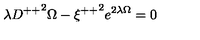
\lambda { D ^ { + + } } ^ { 2 } \Omega - { \xi ^ { + + } } ^ { 2 } e ^ { 2 \lambda \Omega } = 0